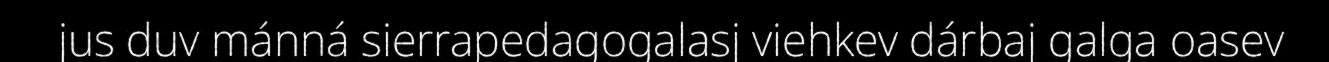
jus duv mánná sierrapedagogalasj viehkev dárbaj galga oasev